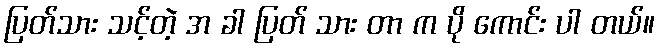
ပြတ်သား သင့်တဲ့ အ ခါ ပြတ် သား တာ က ပို ကောင်း ပါ တယ်။